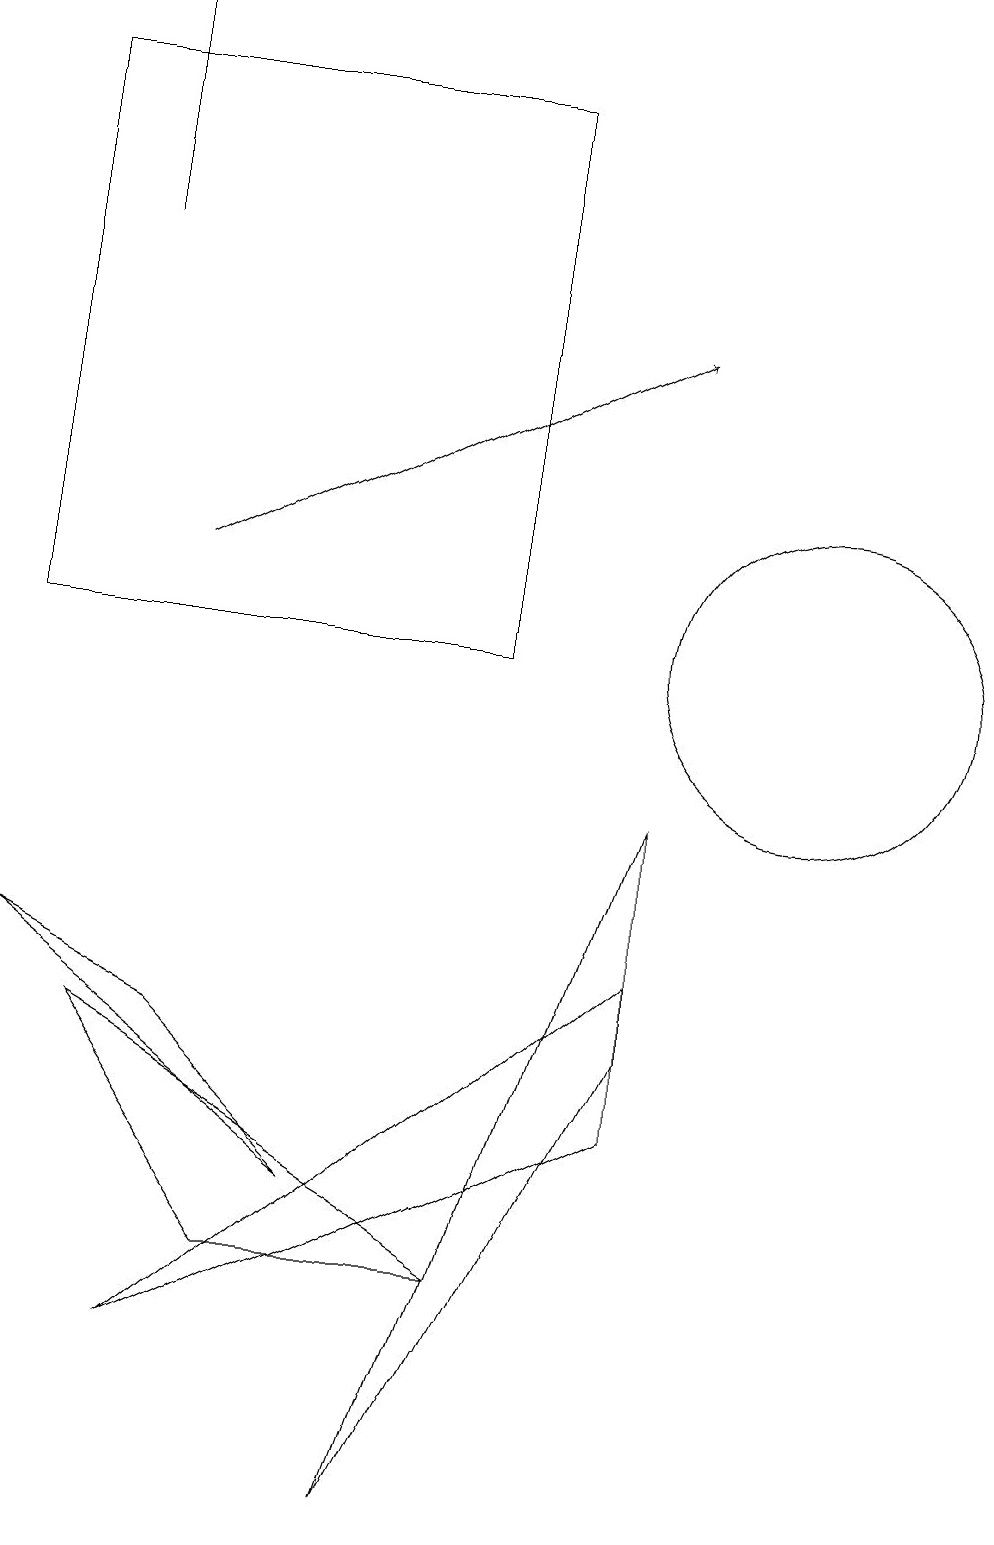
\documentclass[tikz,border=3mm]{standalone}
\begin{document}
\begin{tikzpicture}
\draw (7,18) rectangle (1,11);
\draw (9,9) -- (6,0) -- (9,6) -- cycle;
\draw (7,3) -- (4,3) -- (2,6) -- cycle;
\draw (3,6) -- (5,4) -- (1,7) -- cycle;
\draw (11,11) circle (2);
\draw[->] (3,12) -- (9,15);
\draw (9,7) -- (3,2) -- (9,5) -- cycle;
\draw (2,16) rectangle (2,19);
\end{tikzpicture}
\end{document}